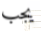
يجب